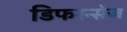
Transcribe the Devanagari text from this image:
डिफरन्सेज